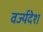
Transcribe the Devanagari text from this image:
वर्ज्यदेश